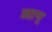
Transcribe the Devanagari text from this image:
आप्